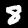
Label: 8